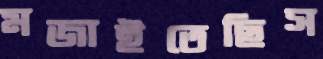
মজাইতেছিস